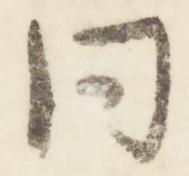
同